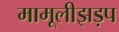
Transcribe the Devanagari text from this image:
मामूलीझड़प